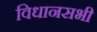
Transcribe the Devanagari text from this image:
विधानसभी